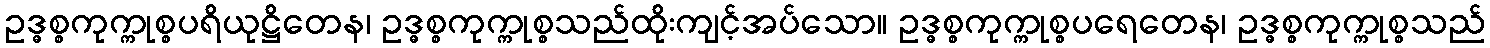
ဥဒ္ဓစ္စကုက္ကုစ္စပရိယုဋ္ဌိတေန၊ ဥဒ္ဓစ္စကုက္ကုစ္စသည်ထိုးကျင့်အပ်သော။ ဥဒ္ဓစ္စကုက္ကုစ္စပရေတေန၊ ဥဒ္ဓစ္စကုက္ကုစ္စသည်